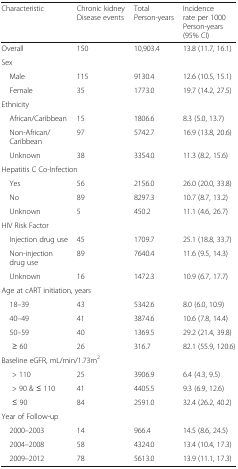
<table><thead><tr><td><b>Characteristic</b></td><td><b>Chronic kidney Disease events</b></td><td><b>TotalPerson-years</b></td><td><b>Incidence rate per 1000 Person-years (95% CI)</b></td></tr></thead><tbody><tr><td>Overall</td><td>150</td><td>10,903.4</td><td>13.8 (11.7, 16.1)</td></tr><tr><td colspan="4">Sex</td></tr><tr><td> Male</td><td>115</td><td>9130.4</td><td>12.6 (10.5, 15.1)</td></tr><tr><td> Female</td><td>35</td><td>1773.0</td><td>19.7 (14.2, 27.5)</td></tr><tr><td colspan="4">Ethnicity</td></tr><tr><td> African/Caribbean</td><td>15</td><td>1806.6</td><td>8.3 (5.0, 13.7)</td></tr><tr><td> Non-African/Caribbean</td><td>97</td><td>5742.7</td><td>16.9 (13.8, 20.6)</td></tr><tr><td> Unknown</td><td>38</td><td>3354.0</td><td>11.3 (8.2, 15.6)</td></tr><tr><td colspan="4">Hepatitis C Co-Infection</td></tr><tr><td> Yes</td><td>56</td><td>2156.0</td><td>26.0 (20.0, 33.8)</td></tr><tr><td> No</td><td>89</td><td>8297.3</td><td>10.7 (8.7, 13.2)</td></tr><tr><td> Unknown</td><td>5</td><td>450.2</td><td>11.1 (4.6, 26.7)</td></tr><tr><td colspan="4">HIV Risk Factor</td></tr><tr><td> Injection drug use</td><td>45</td><td>1709.7</td><td>25.1 (18.8, 33.7)</td></tr><tr><td> Non-injection drug use</td><td>89</td><td>7640.4</td><td>11.6 (9.5, 14.3)</td></tr><tr><td> Unknown</td><td>16</td><td>1472.3</td><td>10.9 (6.7, 17.7)</td></tr><tr><td colspan="4">Age at cART initiation, years</td></tr><tr><td> 18–39</td><td>43</td><td>5342.6</td><td>8.0 (6.0, 10.9)</td></tr><tr><td> 40–49</td><td>41</td><td>3874.6</td><td>10.6 (7.8, 14.4)</td></tr><tr><td> 50–59</td><td>40</td><td>1369.5</td><td>29.2 (21.4, 39.8)</td></tr><tr><td>≥ 60</td><td>26</td><td>316.7</td><td>82.1 (55.9, 120.6)</td></tr><tr><td colspan="4">Baseline eGFR, mL/min/1.73m<sup>2</sup></td></tr><tr><td>&gt; 110</td><td>25</td><td>3906.9</td><td>6.4 (4.3, 9.5)</td></tr><tr><td>&gt; 90 &amp; ≤ 110</td><td>41</td><td>4405.5</td><td>9.3 (6.9, 12.6)</td></tr><tr><td>≤ 90</td><td>84</td><td>2591.0</td><td>32.4 (26.2, 40.2)</td></tr><tr><td colspan="4">Year of Follow-up</td></tr><tr><td> 2000–2003</td><td>14</td><td>966.4</td><td>14.5 (8.6, 24.5)</td></tr><tr><td> 2004–2008</td><td>58</td><td>4324.0</td><td>13.4 (10.4, 17.3)</td></tr><tr><td> 2009–2012</td><td>78</td><td>5613.0</td><td>13.9 (11.1, 17.3)</td></tr></tbody></table>